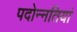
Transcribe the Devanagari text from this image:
पदोन्नतियां